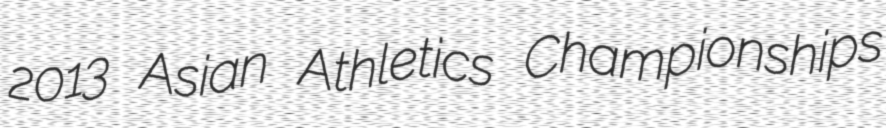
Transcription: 2013 Asian Athletics Championships